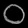
Digit: ၀